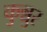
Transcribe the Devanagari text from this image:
कुन्नुर